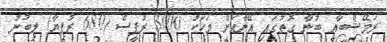
ރަމޭޝްބާއީ ބުނާ ގޮތުގައި އޭނާއަށް މަހަކު 3000 ރުޕީސް (680 ރުފިޔާ) ލިބުނު